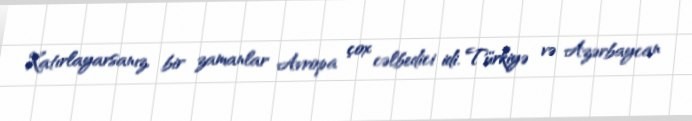
Xatırlayarsanız, bir zamanlar Avropa çox cəlbedici idi. Türkiyə və Azərbaycan